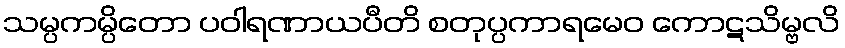
သမ္ပကမ္ပိတော ပဝါရဏာယပီတိ စတုပ္ပကာရမေဝ ကောဋသိမ္ဗလိ